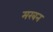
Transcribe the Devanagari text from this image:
मरबन